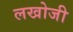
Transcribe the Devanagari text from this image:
लखोजी